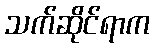
သက်ဆိုင်ရာက